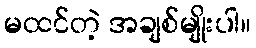
မထင်တဲ့ အချစ်မျိုးပါ။